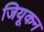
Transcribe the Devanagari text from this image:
जियूकन